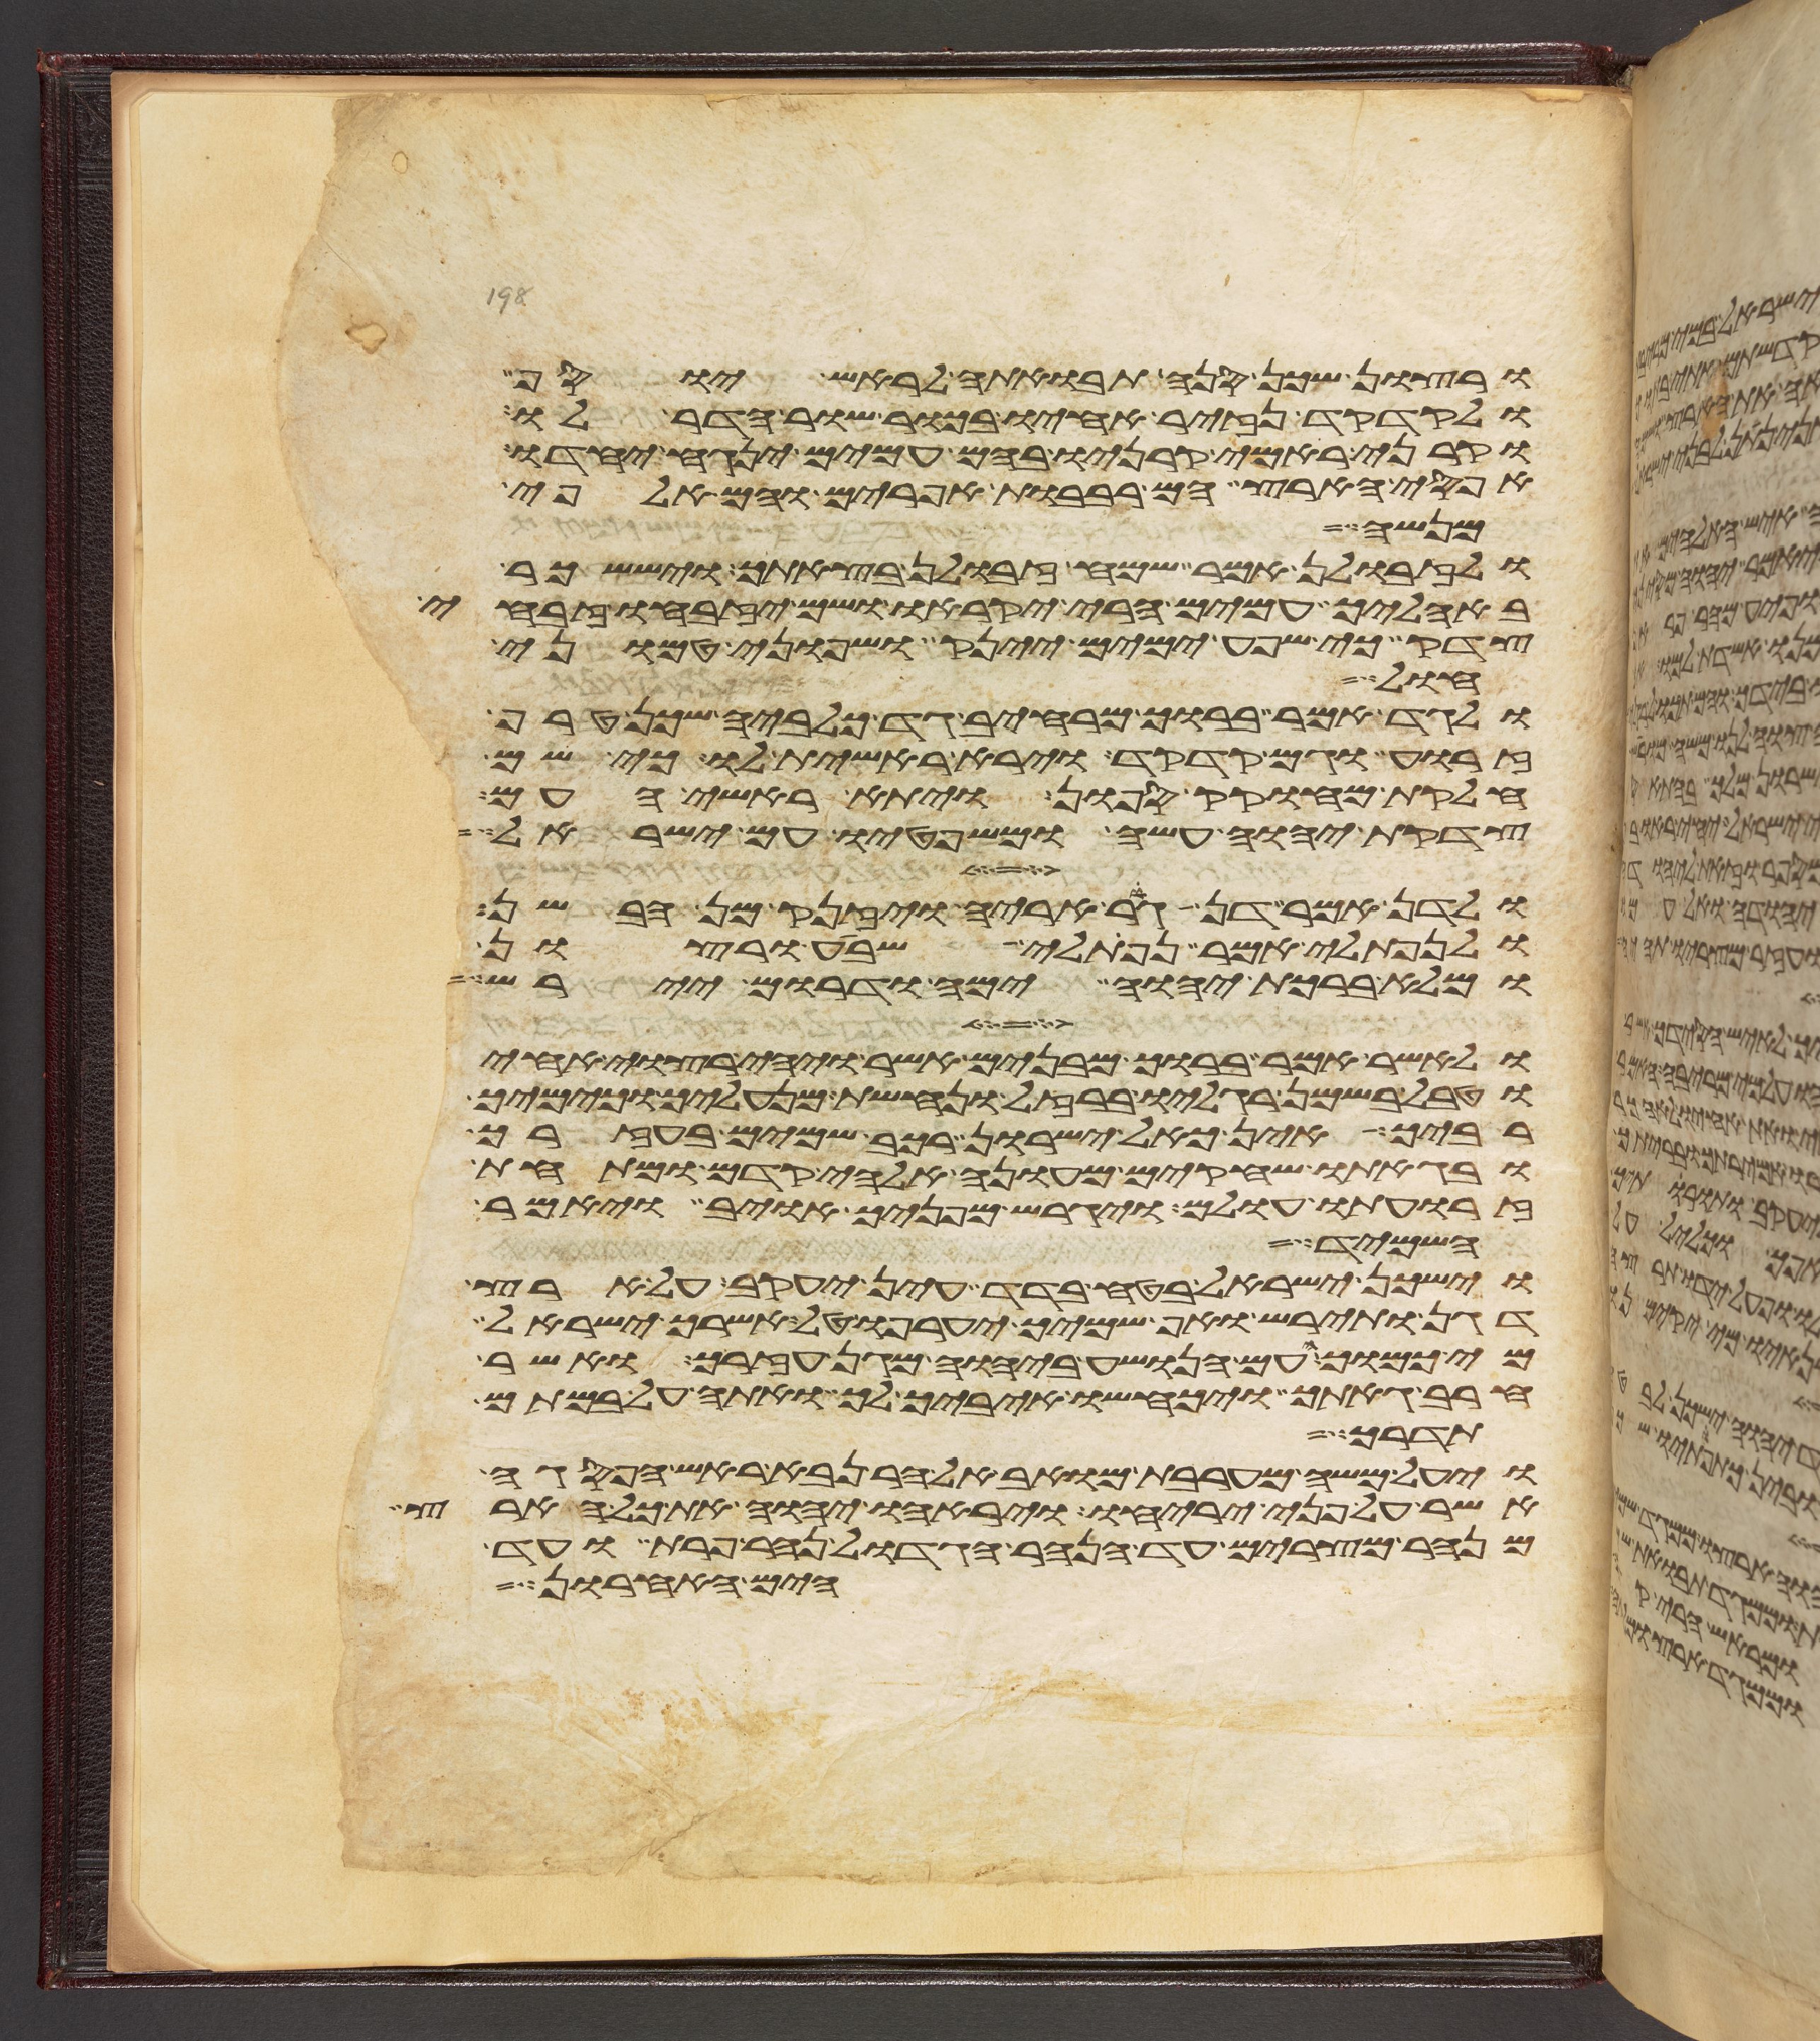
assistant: ורצון שכן סנה תבואתה לראש יוסף
ולקדקד נזיר אחיו בכור שור הדר לו
וקרני ראמי קרניו בהם עמים ינגח יחדו
אפסי הארץ הם רבבות אפרים והם אלפי
מנשה
ולזבולן אמר שמח זבולן בצאתך ויששכר
באהליך עמים הרי יקראו ושם יזבחו זבחי
צדק כי שפע ימים יינק ושפוני טמוני
חול
ולגד אמר ברוך מרחיב גד כלביה שכן טרוף
זרוע גם קדקד וירא ראשית לו כי שם
חלקת מחוקק ספון ויתא ראשי העם
צדקת יהוה עשה ומשפטיו עם ישראל
ולדן אמר דן גור אריה ויזנק מן הבשן
ולנפתלי אמר נפתלי שבע ורצון
ומלא ברכת יהוה ימה ודרום יירש
ולאשר אמר ברוך מבנים אשר ויהי רצוי אחיו
וטבל בשמן רגליו ברזל ונחשת מנעליך וכימיך
רביך אין כאל ישרון רכב שמים בעזרך
ובגאתו שחקים מעונה אלהי קדם ומתחת
זרועת עולם ויגרש מפניך אויב ויאמר
השמיד
וישכן ישראל בטח בדד עין יעקב על ארץ
דגן ותירש ואף שמיך יערפו טל אשרך ישראל
מי כמוך העם הנושע ביהוה מגן עזרך ואשר
חרב גאתך ויכחשו איביך לך ואתה על במתם
תדרך
ויעל משה מערבת מואב אל הר נבא ראש הפסגה
אשר על פני יריחו ויראהו יהוה את כל הארץ
מנהר מצרים עד הנהר הגדול נהר פרת ועד
הים האחרון